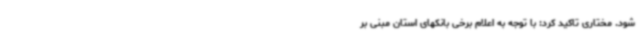
شود. مختاری تاکید کرد: با توجه به اعلام برخی بانکهای استان مبنی بر